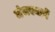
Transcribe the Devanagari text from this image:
मंचरमार्गे